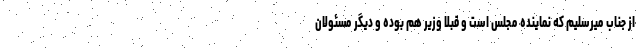
از جناب میرسلیم که نماینده مجلس است و قبلا وزیر هم بوده و دیگر مسئولان